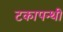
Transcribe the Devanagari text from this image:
टकापन्थी